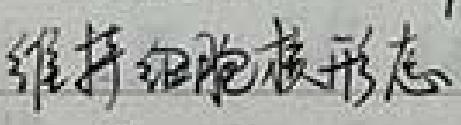
维持细胞核形态